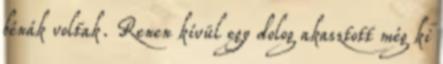
bénák voltak. Renen kívül egy dolog akasztott még ki